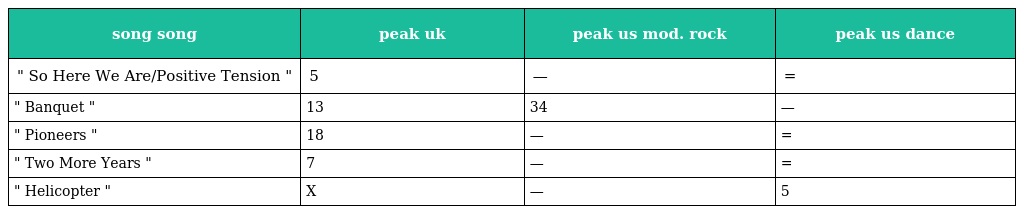
| song song | peak uk | peak us mod. rock | peak us dance |
 | --- | --- | --- | --- |
 | " So Here We Are/Positive Tension " | 5 | — | = |
 | " Banquet " | 13 | 34 | — |
 | " Pioneers " | 18 | — | = |
 | " Two More Years " | 7 | — | = |
 | " Helicopter " | X | — | 5 |